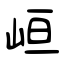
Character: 峘